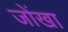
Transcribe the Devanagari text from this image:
जोंखा